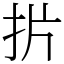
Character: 扸